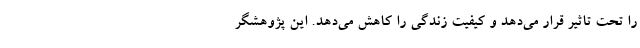
را تحت تاثیر قرار می‌دهد و کیفیت زندگی را کاهش می‌دهد. این پژوهشگر